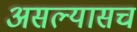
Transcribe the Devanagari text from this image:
असल्यासच